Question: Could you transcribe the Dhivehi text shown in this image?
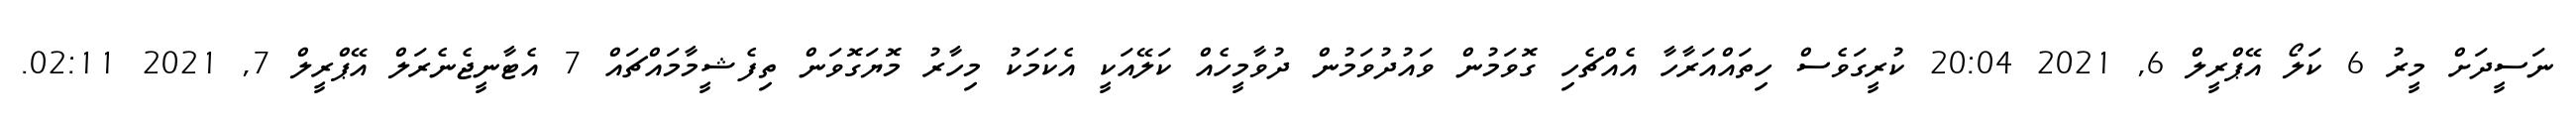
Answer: ނަސީދަށް މީރު 6 ކަލޯ އޭޕްރީލް 6, 2021 20:04 ކުރީގަވެސް ހިތައްއަރާހާ އެއްޗެހި ގޮވަމުން ވައުދުވަމުން ދުވާމީހެއް ކަލޭއަކީ އެކަމަކު މިހާރު މޮޔަގޮވަން ތިފެޝީމާމައްޗައް 7 އެޓާނީޖެނެރަލް އޭޕްރީލް 7, 2021 02:11.